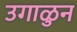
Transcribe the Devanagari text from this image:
उगाळुन